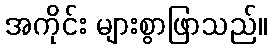
အကိုင်း များစွာဖြာသည်။